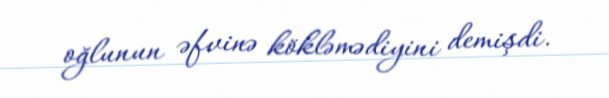
oğlunun əfvinə kökləmədiyini demişdi.